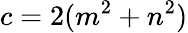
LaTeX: c=2(m^{2}+n^{2})